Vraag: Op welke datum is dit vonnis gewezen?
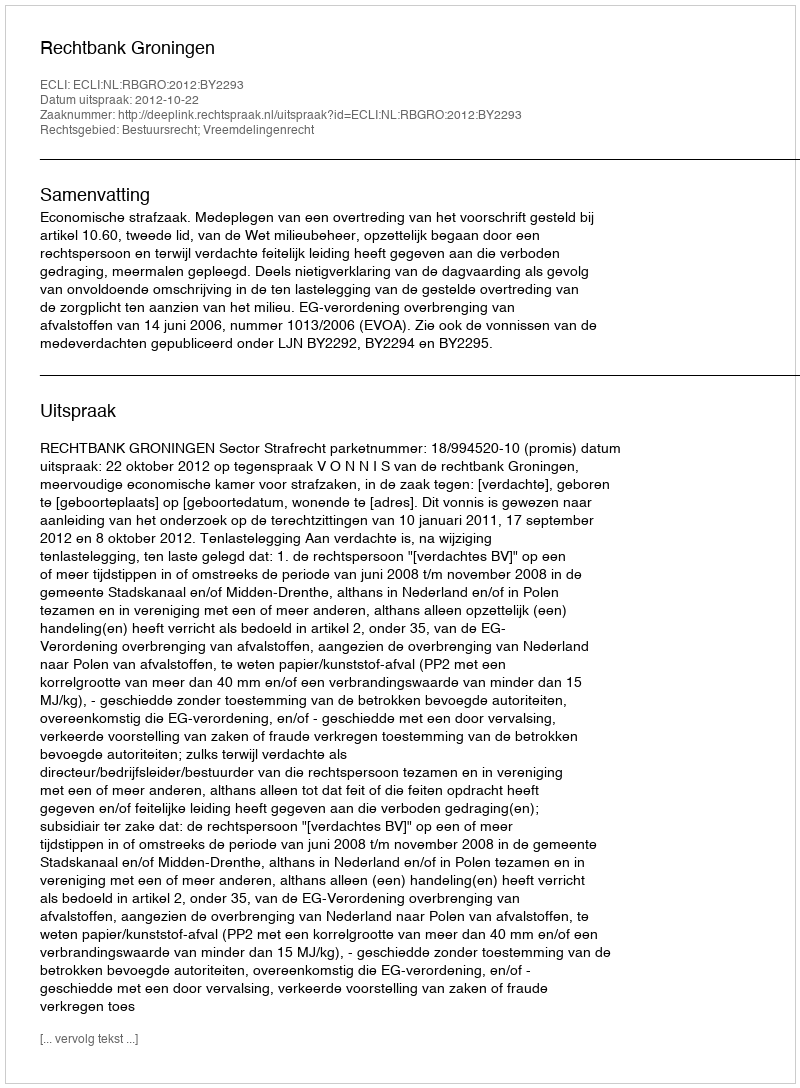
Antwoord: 2012-10-22